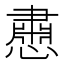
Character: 𪬵